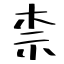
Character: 柰